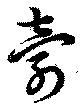
寿